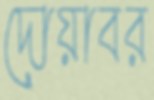
দোয়াবর